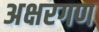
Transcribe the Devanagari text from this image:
अक्षरगण